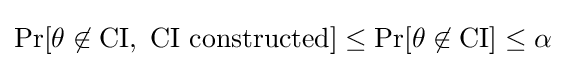
\Pr[\theta \not \in \mathrm {CI} ,\ {\text{CI constructed}}]\leq \Pr[\theta \not \in \mathrm {CI} ]\leq \alpha